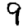
Digit: 9